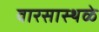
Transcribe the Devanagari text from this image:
वारसास्थळे